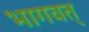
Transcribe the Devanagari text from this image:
भागवत्‌